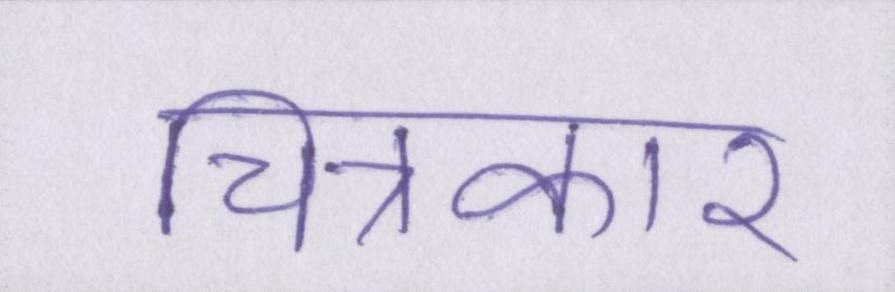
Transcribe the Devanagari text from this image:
चित्रकार